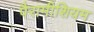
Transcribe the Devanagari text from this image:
पैरामीशियम